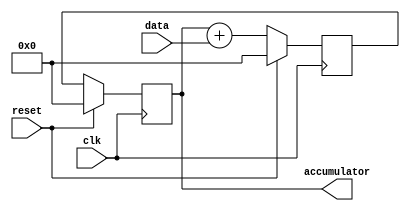
module accumulator(input clk, input reset, input [7:0] data, output reg [15:0] accumulator);

reg [15:0] temp;

always @(posedge clk) begin
  if (reset) begin
    accumulator <= 16'd0;
    temp <= 16'd0;
  end else begin
    temp <= accumulator + data;
    accumulator <= temp;
  end
end

endmodule